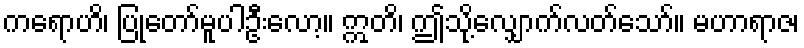
ကရောဟိ၊ ပြုတော်မူပါဦးလော့။ ဣတိ၊ ဤသို့လျှောက်လတ်သော်။ မဟာရာဇ၊